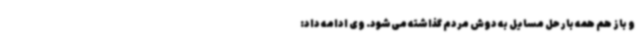
و باز هم همه بار حل مسایل به دوش مردم گذاشته می‌شود. وی ادامه داد: